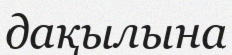
дақылына